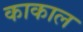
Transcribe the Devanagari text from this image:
काकाल